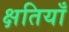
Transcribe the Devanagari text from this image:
क्षतियाँ